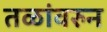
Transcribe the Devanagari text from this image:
तळांवरुन